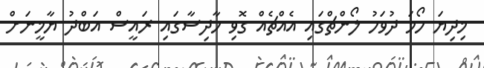
މިދިޔަ ހޯމަ ދުވަހު ލޯންޗްގައި އެއްޗެއް ގޮވި ހާދިސާގައި ރައީސް އަބްދު ޔާމީނަށް